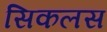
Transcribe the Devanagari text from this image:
सिकलस